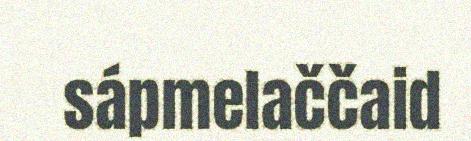
sápmelaččaid